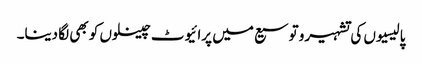
پالیسیوں کی تشہیرو توسیع میں پرائیوٹ چینلوں کو بھی لگا دینا۔